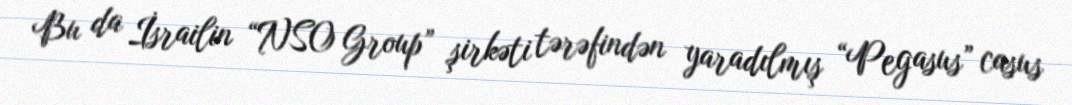
Bu da İsrailin “NSO Group” şirkəti tərəfindən yaradılmış “Pegasus” casus